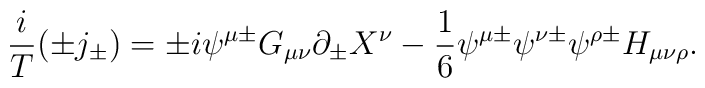
\frac{i}{T}(\pm j_{\pm })=\pm i\psi ^{\mu \pm }G_{\mu \nu }\partial _{\pm}X^{\nu }-\frac{1}{6}\psi ^{\mu \pm }\psi ^{\nu \pm }\psi ^{\rho \pm }H_{\mu\nu \rho }.